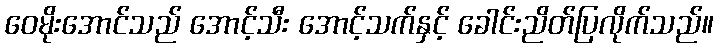
ဝေမိုးအောင်သည် အောင့်သီး အောင့်သက်နှင့် ခေါင်းညိတ်ပြလိုက်သည်။